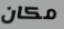
مكان